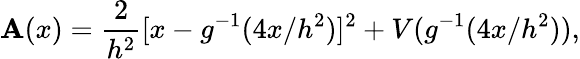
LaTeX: \mathbf{A}(x)={\frac{{2}}{{h^{2}}}}[x-g^{-1}(4x/h^{2})]^{2}+V(g^{-1}(4x/h^{2})),